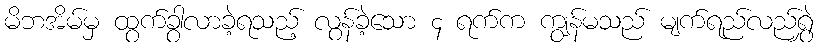
မိဘအိမ်မှ ထွက်ခွာလာခဲ့ရသည့် လွန်ခဲ့သော ၄ ရက်က ကျွန်မသည် မျက်ရည်လည်ရွှဲ